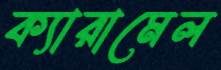
ক্যারামেল